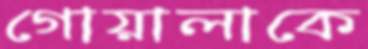
গোয়ালাকে